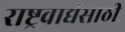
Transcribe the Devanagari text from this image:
राष्ट्रवाद्यंसाठी